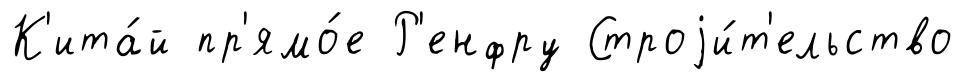
К'ита́й пр'ямо́е Р'енфру Строjи́т'ельство